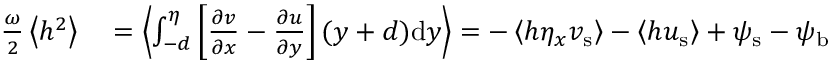
\begin{array} { r l } { \frac { \omega } { 2 } \left< h ^ { 2 } \right> } & { { } = \left< \int _ { - d } ^ { \eta } \left[ \frac { \partial v } { \partial x } - \frac { \partial u } { \partial y } \right] ( y + d ) \mathrm { d } y \right> = - \left< h \eta _ { x } { v } _ { \mathrm { s } } \right> - \left< h { u } _ { \mathrm { s } } \right> + { \psi } _ { \mathrm { s } } - { \psi } _ { \mathrm { b } } } \end{array}